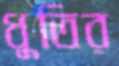
ধুতির